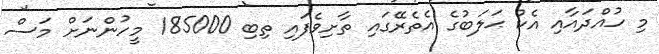
މި ހުއްދައާއި އެކު ޙަލަބުގެ އެތެރޭގައި ތާށިވެފައި ތިބި 185000 މީހުންނަށް މަސް